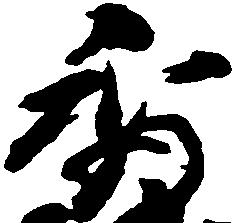
秀